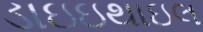
ડાઇઇથાઇલ